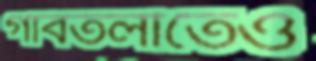
গাবতলীতেও